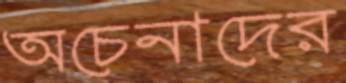
অচেনাদের